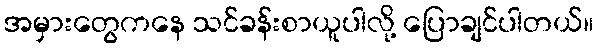
အမှားတွေကနေ သင်ခန်းစာယူပါလို့ ပြောချင်ပါတယ်။